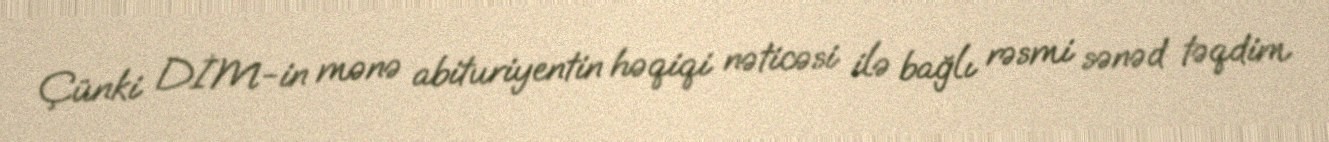
Çünki DİM-in mənə abituriyentin həqiqi nəticəsi ilə bağlı rəsmi sənəd təqdim